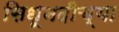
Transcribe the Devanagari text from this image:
सिधूनदीच्या